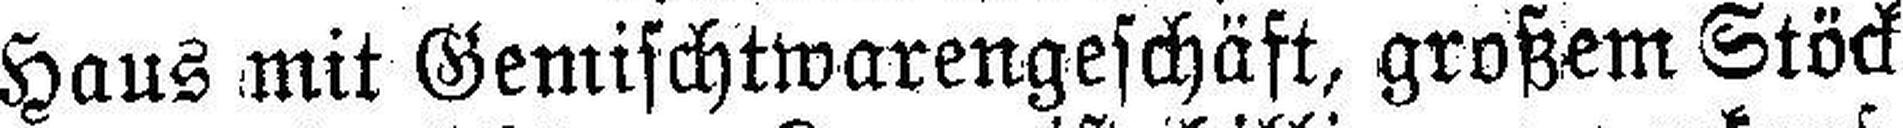
Haus mit Gemischtwarengeschäft, großem Stöck